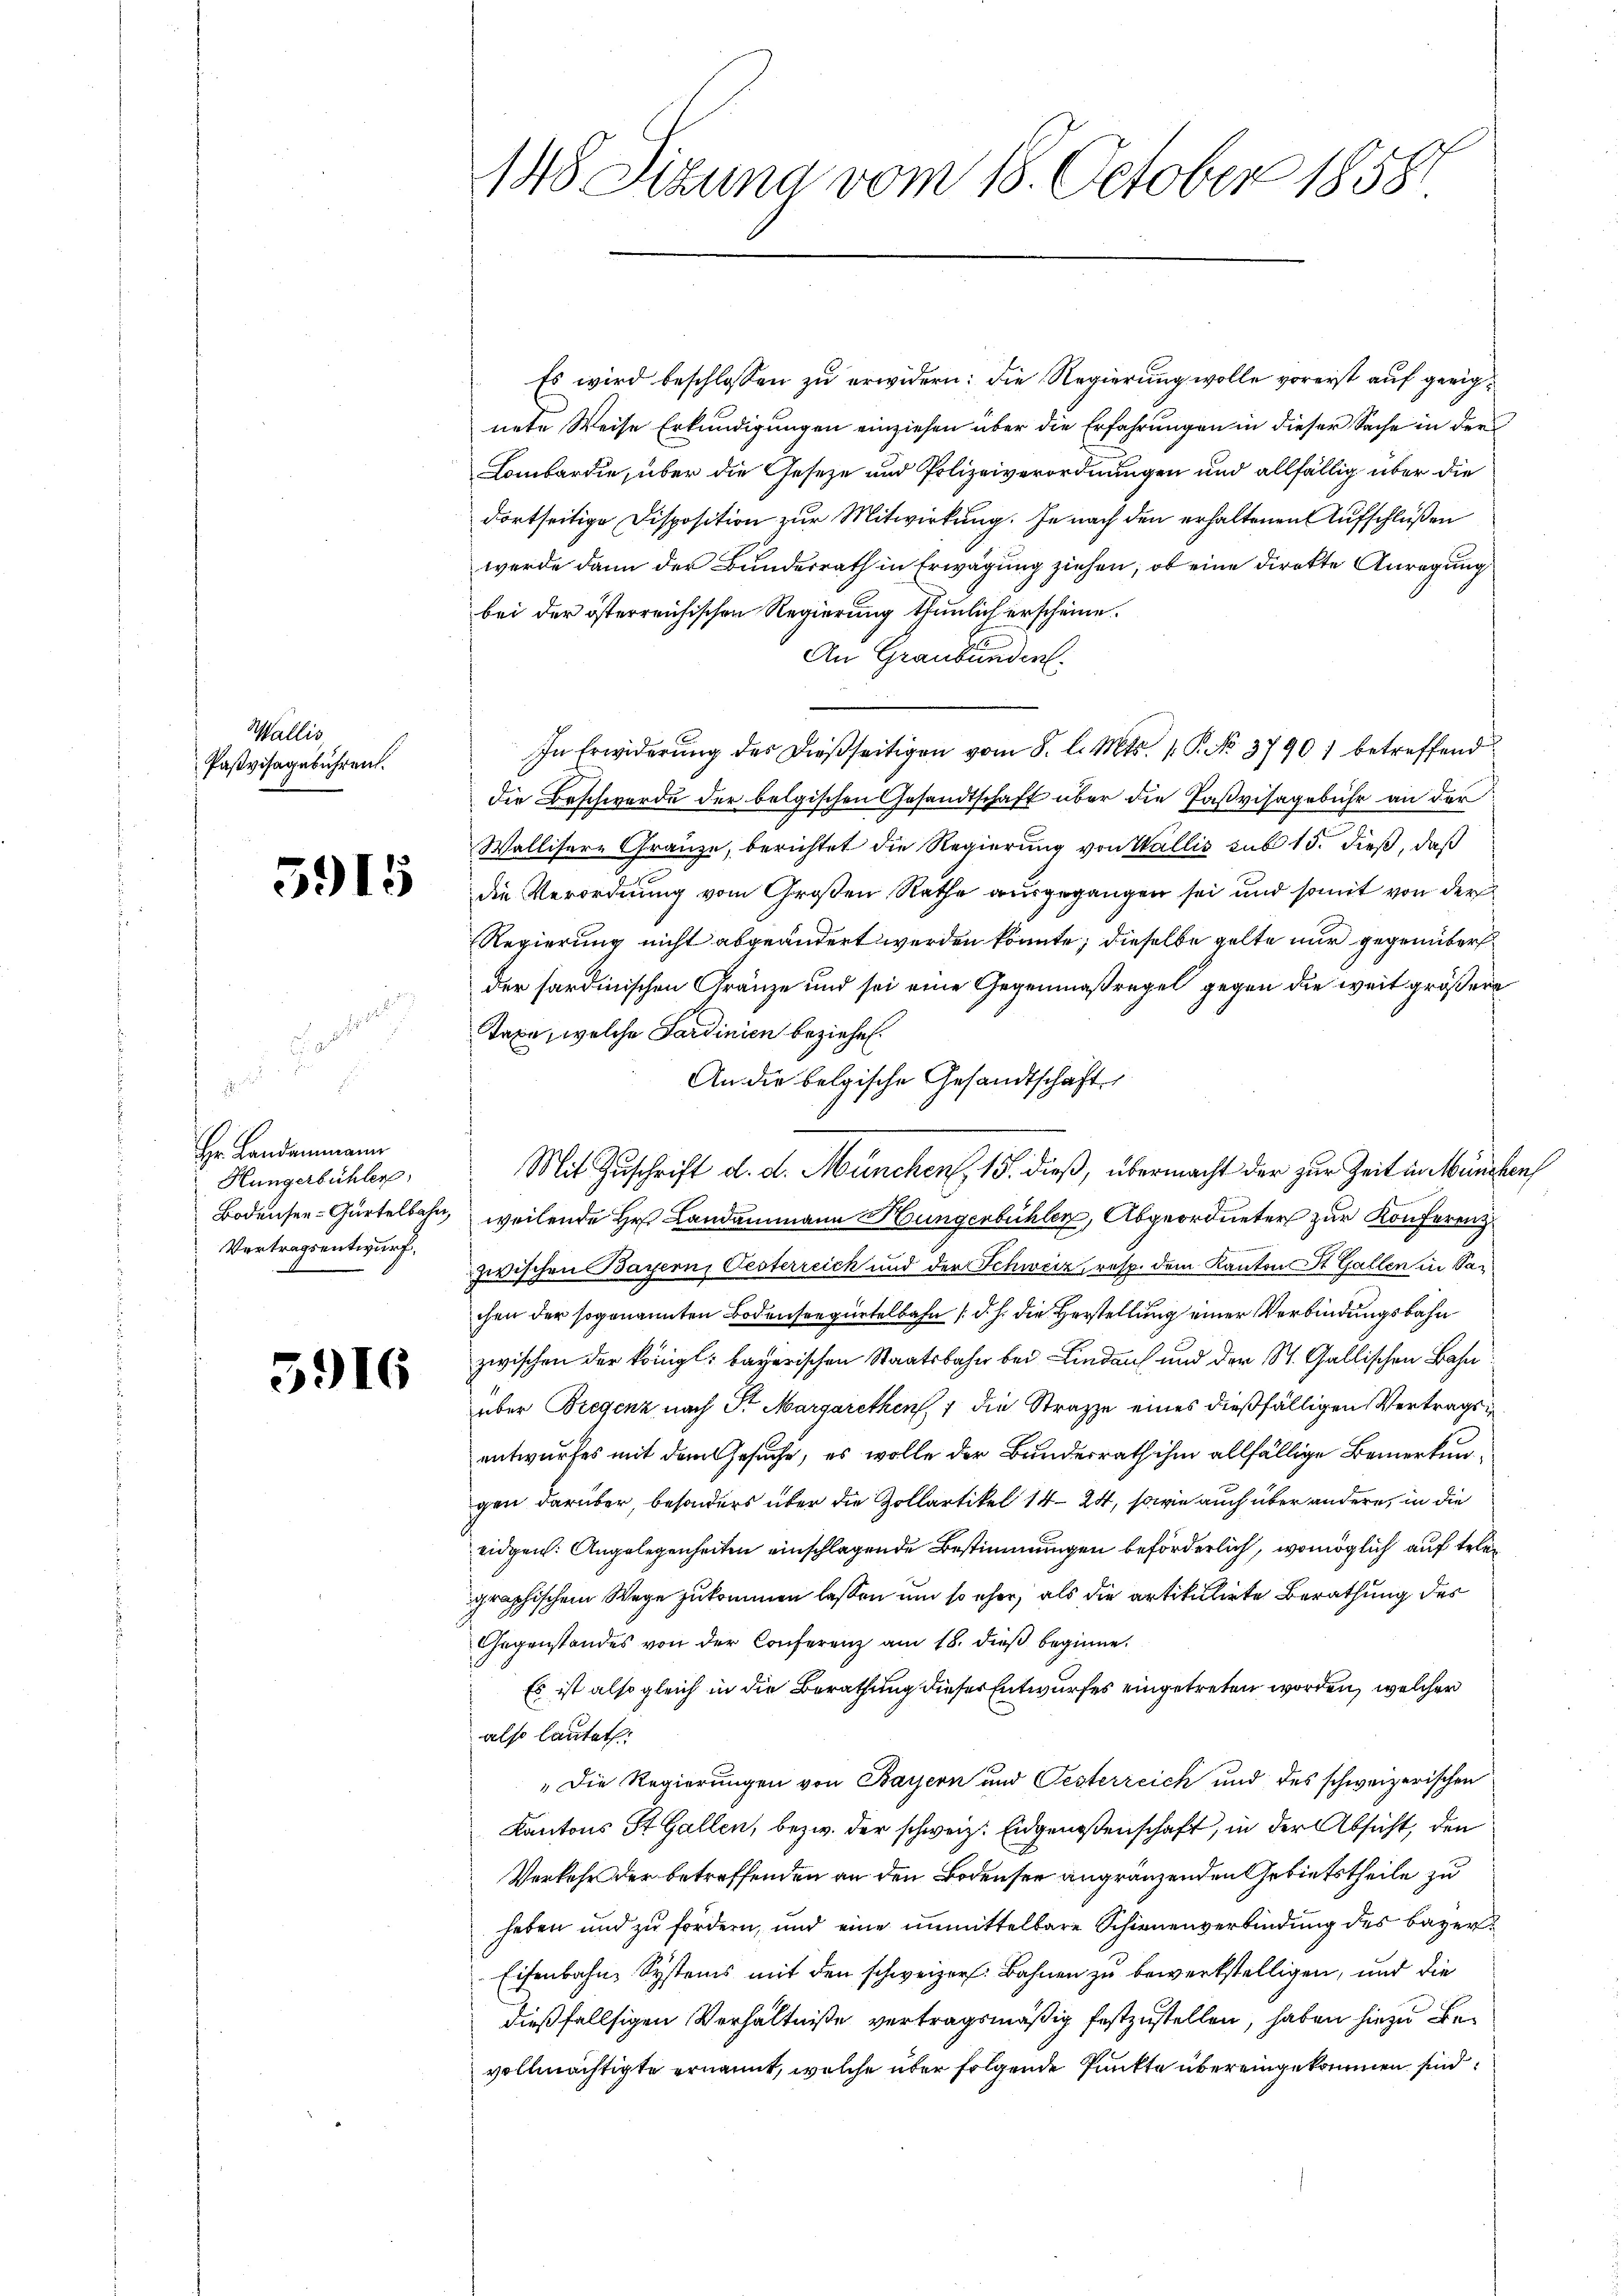
Wallis
Pastvisagebühren.

5915

Hr. Landammann
Hungerbühler
Bodensee-Gurtelbahn,
Vertragsentwurf,

5916

148 Sitzung vom 18. October 1858.

Es wird beschlossen zu erwidern: die Regierung wolle vorerst auf geeignete Weise Erkundigungen einziehen über die Erfahrungen in dieser Sache in der
Lombardie, über die Geseze und Polizeiverordnungen und allfällig über die
dortseitige Disposition zur Mitwirkung. Je nach den erhaltenen Aufschlüßen
werde dann der Bundesrath in Erwägung ziehen, ob eine direkte Anregung
bei der österreichischen Regierung thunlich erscheine.
An Graubünden.
In Erwiderung des dießseitigen vom 8. l. Mts. 1. P. No. 37901 betreffend
die Beschwerde der belgischen Gesandtschaft über die Faßvisagebühr an der
Wallisere Gränze, berichtet die Regierung von Wallis sub 15. dieß, daß
die Verordnung vom Großen Rathe ausgegangen sei und somit von der
Regierung nicht abgeändert werden könnte; dieselbe gelte nur gegenüberder sardinischen Gränze und sei eine Gegenmaßregel gegen die weit größere
Taxe, welche Sardinien beziehen.
An die belgische Gesandtschaft
Mit Zuschrift d. d. München, 15. dieß, übermacht der zur Zeit in München,
weilende Hr. Landammann Hungerbühler, Abgeordneter zur Konferenz
zwischen Bayern, Gesterreich und der Schweiz, resp. dem Kanton St. Gallen in Sachen der sogenannten Bodenseegürtelbahn (d. h. die Herstellung einer Verbindungsbahn
zwischen der Königl. bayerischen Staatsbahn bei Lindauf und der St. Gallischen Bahn
über Bregenz nach Sr. Margarethen, 7 die Strazze eines dießfälligen Vertrags i
entwurfes mit dem Gesuche, es wolle der Bundesrath ihm allfällige Bemerkungen darüber, besonders über die Zollartikel 14. 24, sowie auch über andere, in die
eidgen: Angelegenheiten einschlagende Bestimmungen beförderlich, womöglich auf telegraphischem Wege zukommen lassen und so eher, als die artikulirte Berathung des
Gegenstandes von der Conferenz am 18. dieβ beginne.
Es ist also gleich in die Berathung dieser Entwurfes eingetreten worden, welcher
also lautet:
„Die Regierungen von Bayern und Oesterreich und des schweizerischen
Kantons St. Gallen, bezw. der schweiz. Eidgenoßenschaft, in der Absicht, den
Verkehr der betreffenden an den Bodensee angränzenden Gebietstheile zu
haben und zu fordern, und eine unmittelbare Schienenverbindung des bayer¬
Eisenbahn, Systems mit den schweizer. Bahnen zu bewerkstelligen, und die
dießfallsigen Verhältniße vertragsmäßig festzustellen, haben hiezu bevollmächtigte ernannt, welche über folgende Punkte übereingekommen sind